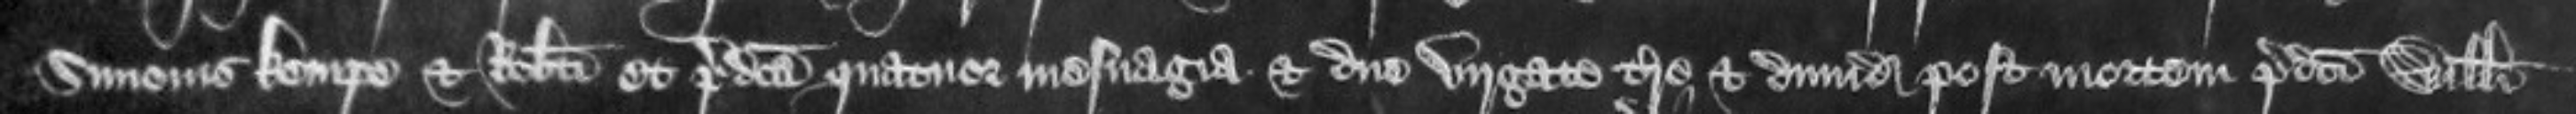
Simonis Kempe et Roberti et predicta quatuor mesuagia et due virgate terre et dimidia post mortem predicti Willelmi